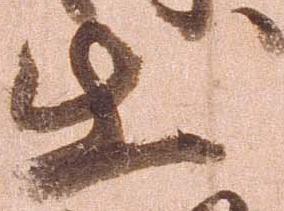
出